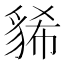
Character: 𧳐